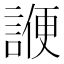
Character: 𬢷